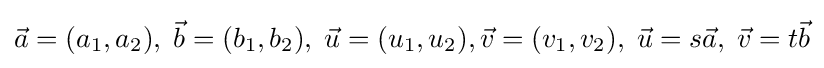
{\vec {a}}=(a_{1},a_{2}),\;{\vec {b}}=(b_{1},b_{2}),\;{\vec {u}}=(u_{1},u_{2}),{\vec {v}}=(v_{1},v_{2}),\;{\vec {u}}=s{\vec {a}},\;{\vec {v}}=t{\vec {b}}